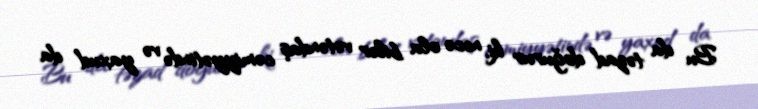
Bu da təzad doğurur ki, necə ola bilər vətəndaş cəmiyyətində və yaxud da